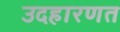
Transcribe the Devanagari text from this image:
उदहारणत